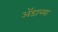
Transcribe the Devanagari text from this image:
ॲडाच्या